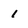
Character: 1